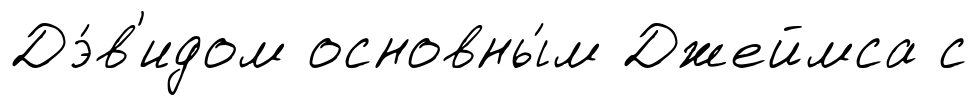
Дэ́в'идом основны́м Джеймса с